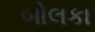
બોલકા